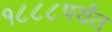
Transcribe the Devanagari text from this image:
१८८८पर्यंत